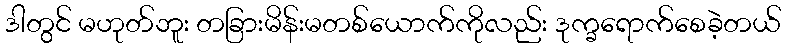
ဒါတွင် မဟုတ်ဘူး တခြားမိန်းမတစ်ယောက်ကိုလည်း ဒုက္ခရောက်စေခဲ့တယ်